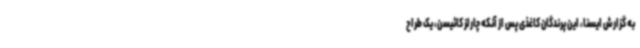
به گزارش ایسنا، این پرندگان کاغذی پس از آنکه چارلز کائیسن، یک طراح